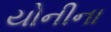
યોનીના